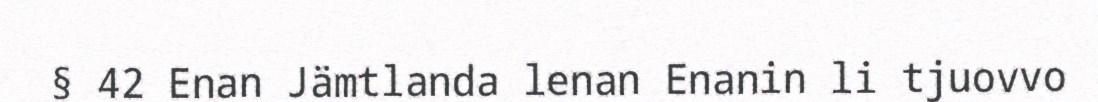
§ 42 Enan Jämtlanda lenan Enanin li tjuovvo